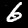
Label: 6